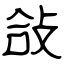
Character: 敆